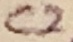
Text: C2